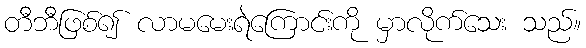
တီဘီဖြစ်၍ လာမမေးရဲကြောင်းကို မှာလိုက်သေး သည်။